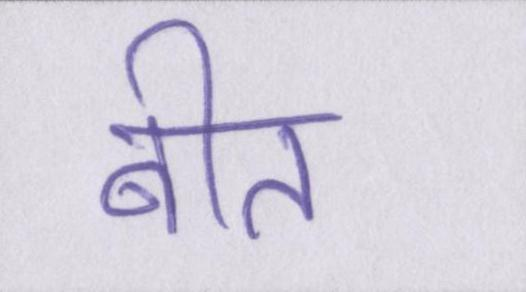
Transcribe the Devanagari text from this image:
बीत